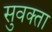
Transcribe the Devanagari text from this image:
सुवक्‍ता